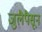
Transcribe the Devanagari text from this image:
जुलैपैसून